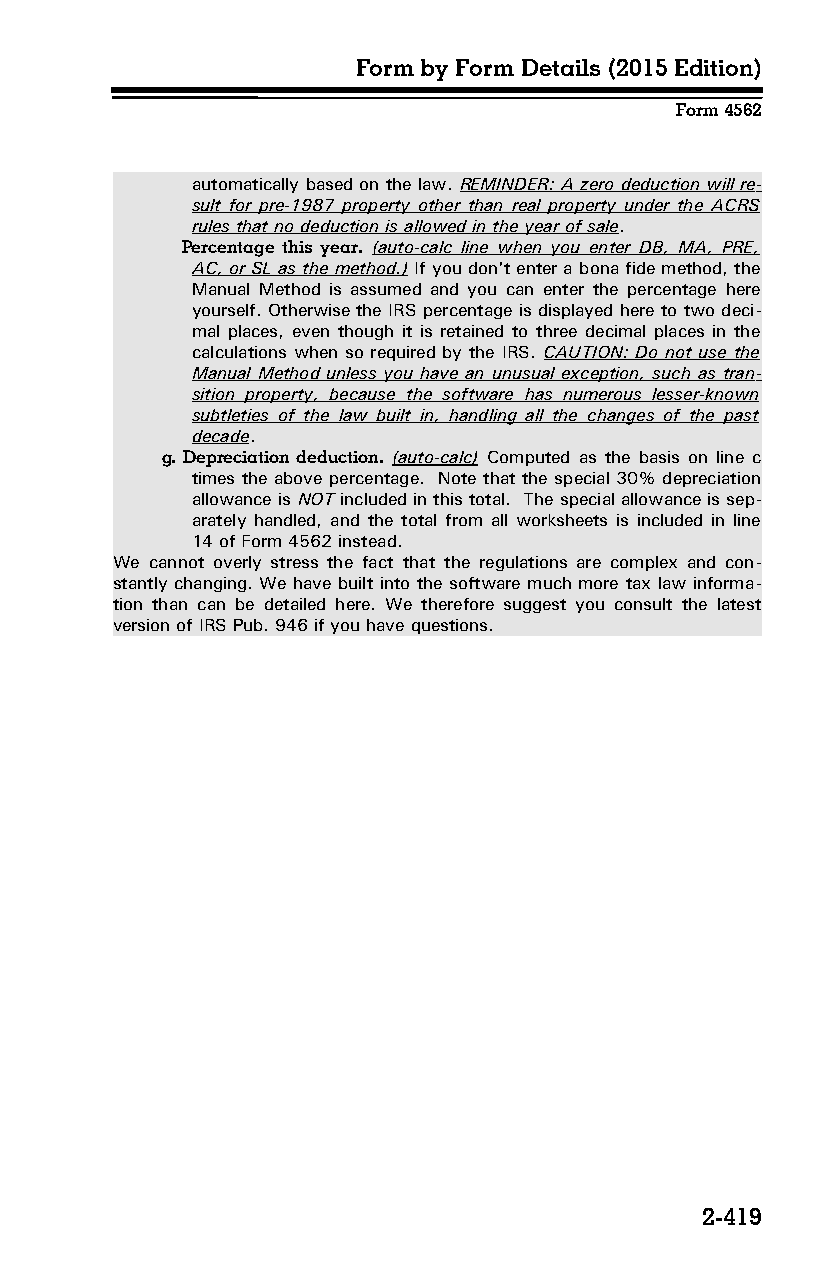
Form by Form Details (2015 Edition)
 Form 4562
 automatically based on the law. REMINDER: A zero deduction will re­
 sult for pre-1987 property other than real property under the ACRS
 rules that no deduction is allowed in the year of sale.
 Percentage this year. (auto-calc line when you enter DB, MA, PRE,
 AC, or SL as the method.) If you don't enter a bona fide method, the
 Manual Method is assumed and you can enter the percentage here
 yourself. Otherwise the IRS percentage is displayed here to two deci­
 mal places, even though it is retained to three decimal places in the
 calculations when so required by the IRS. CAUTION: Do not use the
 Manual Method unless you have an unusual exception, such as tran­
 sition property, because the software has numerous lesser-known
 subtleties of the law built in, handling all the changes of the past
 decade.
 g. Depreciation deduction. (auto-calc) Computed as the basis on line c
 times the above percentage. Note that the special 30% depreciation
 allowance is NOT included in this total. The special allowance is sep­
 arately handled, and the total from all worksheets is included in line
 14 of Form 4562 instead.
 We cannot overly stress the fact that the regulations are complex and con­
 stantly changing. We have built into the software much more tax law informa­
 tion than can be detailed here. We therefore suggest you consult the latest
 version of IRS Pub. 946 if you have questions.
 2-419